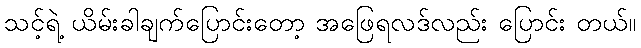
သင့်ရဲ့ ယိမ်းခါချက်ပြောင်းတော့ အဖြေရလဒ်လည်း ပြောင်း တယ်။